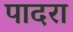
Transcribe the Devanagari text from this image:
पादरा